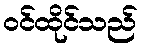
ဝင်ထိုင်သည်